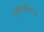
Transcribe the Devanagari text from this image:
एचएमव्हीकडून